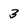
Character: 3